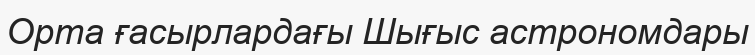
Орта ғасырлардағы Шығыс астрономдары